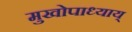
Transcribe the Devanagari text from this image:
मुखोपाध्याय्